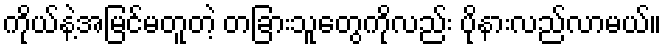
ကိုယ်နဲ့အမြင်မတူတဲ့ တခြားသူတွေကိုလည်း ပိုနားလည်လာမယ်။